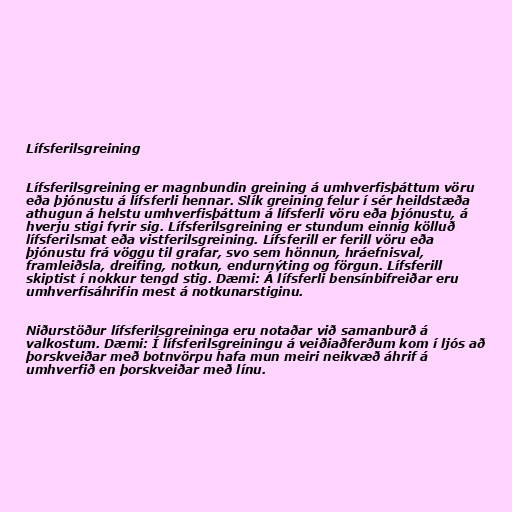
Lífsferilsgreining

Lífsferilsgreining er magnbundin greining á umhverfisþáttum vöru
eða þjónustu á lífsferli hennar. Slík greining felur í sér heildstæða
athugun á helstu umhverfisþáttum á lífsferli vöru eða þjónustu, á
hverju stigi fyrir sig. Lífsferilsgreining er stundum einnig kölluð
lífsferilsmat eða vistferilsgreining. Lífsferill er ferill vöru eða
þjónustu frá vöggu til grafar, svo sem hönnun, hráefnisval,
framleiðsla, dreifing, notkun, endurnýting og förgun. Lífsferill
skiptist í nokkur tengd stig. Dæmi: Á lífsferli bensínbifreiðar eru
umhverfisáhrifin mest á notkunarstiginu.

Niðurstöður lífsferilsgreininga eru notaðar við samanburð á
valkostum. Dæmi: Í lífsferilsgreiningu á veiðiaðferðum kom í ljós að
þorskveiðar með botnvörpu hafa mun meiri neikvæð áhrif á
umhverfið en þorskveiðar með línu.